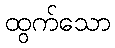
ထွက်သော